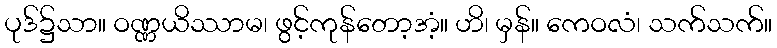
ပုဒ်၌သာ။ ဝဏ္ဏယိဿာမ၊ ဖွင့်ကုန်တော့အံ့။ ဟိ၊ မှန်။ ကေဝလံ၊ သက်သက်။